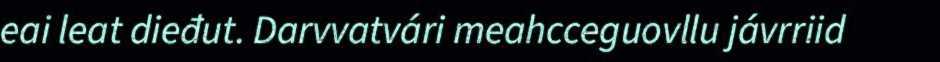
eai leat dieđut. Darvvatvári meahcceguovllu jávrriid